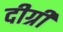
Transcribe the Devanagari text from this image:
दीग्री